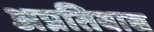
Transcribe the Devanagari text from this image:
अप्रतिवाद्य